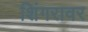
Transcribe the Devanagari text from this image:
शिंगरावर